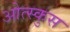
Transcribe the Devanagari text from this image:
ओत्स्कुस